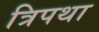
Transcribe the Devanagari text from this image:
त्रिपथा